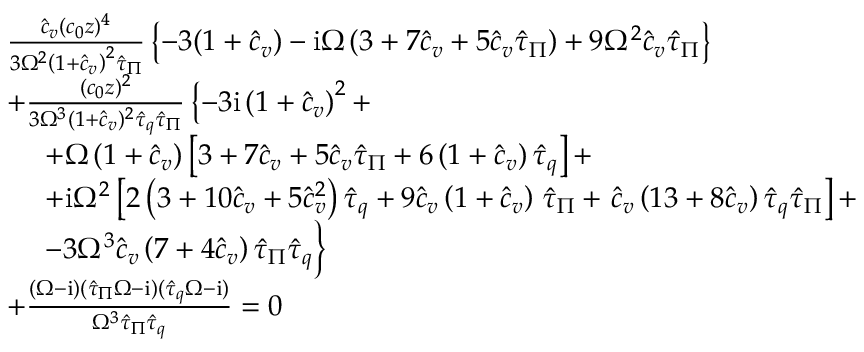
\begin{array} { r l } & { \frac { { \hat { c } _ { v } } ( c _ { 0 } z ) ^ { 4 } } { 3 \Omega ^ { 2 } \left( 1 + { \hat { c } _ { v } } \right) ^ { 2 } \hat { \tau } _ { \Pi } } \left\{ - 3 ( 1 + { \hat { c } _ { v } } ) - \mathrm { i } \Omega \left( 3 + 7 { \hat { c } _ { v } } + 5 { \hat { c } _ { v } } \hat { \tau } _ { \Pi } \right) + 9 \Omega ^ { 2 } { \hat { c } _ { v } } \hat { \tau } _ { \Pi } \right\} } \\ & { + \frac { ( c _ { 0 } z ) ^ { 2 } } { 3 \Omega ^ { 3 } ( 1 + { \hat { c } _ { v } } ) ^ { 2 } \hat { \tau } _ { q } \hat { \tau } _ { \Pi } } \left\{ - 3 \mathrm { i } \left( 1 + { \hat { c } _ { v } } \right) ^ { 2 } + \right. } \\ & { \ \quad + \Omega \left( 1 + { \hat { c } _ { v } } \right) \left[ 3 + 7 { \hat { c } _ { v } } + 5 { \hat { c } _ { v } } \hat { \tau } _ { \Pi } + 6 \left( 1 + { \hat { c } _ { v } } \right) \hat { \tau } _ { q } \right] + } \\ & { \ \quad + \mathrm { i } \Omega ^ { 2 } \left[ 2 \left( 3 + 1 0 { \hat { c } _ { v } } + 5 { \hat { c } _ { v } } ^ { 2 } \right) \hat { \tau } _ { q } + 9 { \hat { c } _ { v } } \left( 1 + { \hat { c } _ { v } } \right) \right. \hat { \tau } _ { \Pi } + \left. { \hat { c } _ { v } } \left( 1 3 + 8 { \hat { c } _ { v } } \right) \hat { \tau } _ { q } \hat { \tau } _ { \Pi } \right] + } \\ & { \ \quad - 3 \Omega ^ { 3 } { \hat { c } _ { v } } \left( 7 + 4 { \hat { c } _ { v } } \right) \hat { \tau } _ { \Pi } \hat { \tau } _ { q } \Big \} } \\ & { + \frac { ( \Omega - \mathrm { i } ) ( \hat { \tau } _ { \Pi } \Omega - \mathrm { i } ) ( \hat { \tau } _ { q } \Omega - \mathrm { i } ) } { \Omega ^ { 3 } \hat { \tau } _ { \Pi } \hat { \tau } _ { q } } = 0 } \end{array}